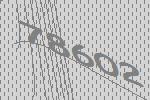
78602